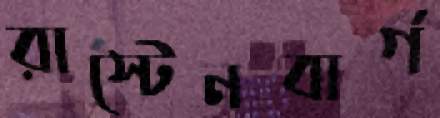
রাস্টেনবার্গ